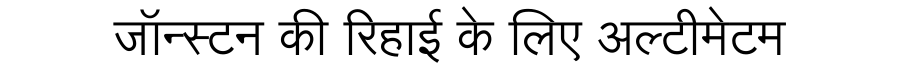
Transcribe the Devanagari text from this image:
जॉन्स्टन की रिहाई के लिए अल्टीमेटम